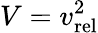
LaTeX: V=v_{\textrm{rel}}^{2}